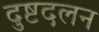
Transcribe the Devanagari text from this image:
दुष्टदलन